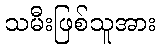
သမီးဖြစ်သူအား